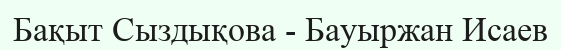
Бақыт Сыздықова - Бауыржан Исаев